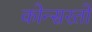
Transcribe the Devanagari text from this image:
कोन्सरतो